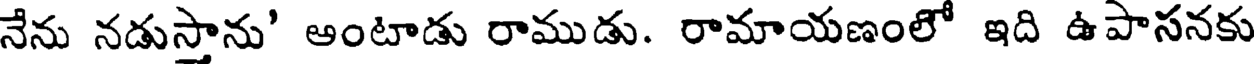
నేను నడుస్తాను' ఆంటాడు రాముడు. రామాయణంలో ఇది ఉపాసనకు